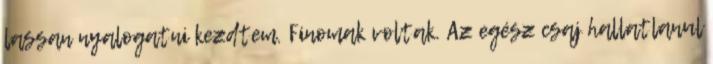
lassan nyalogatni kezdtem. Finomak voltak. Az egész csaj hallatlanul